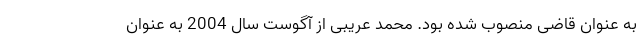
به عنوان قاضی منصوب شده بود. محمد عریبی از آگوست سال 2004 به عنوان